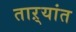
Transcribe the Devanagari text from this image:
ताऱ्यांत